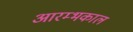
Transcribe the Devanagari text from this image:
आरम्भकाल